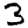
Digit: 3